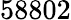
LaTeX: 58802